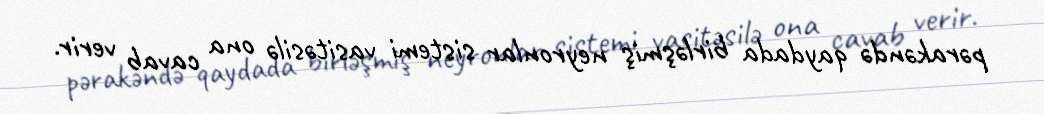
pərakəndə qaydada birləşmiş neyronlar sistemi vasitəsilə ona cavab verir.